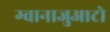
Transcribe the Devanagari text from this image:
ग्वानाजुआटो